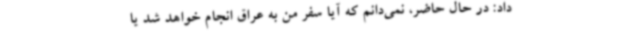
داد: در حال حاضر، نمی‌دانم که آیا سفر من به عراق انجام خواهد شد یا